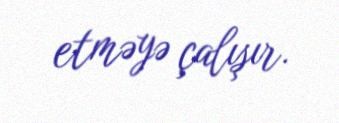
etməyə çalışır.